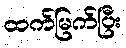
ထက်မြက်ပြီး